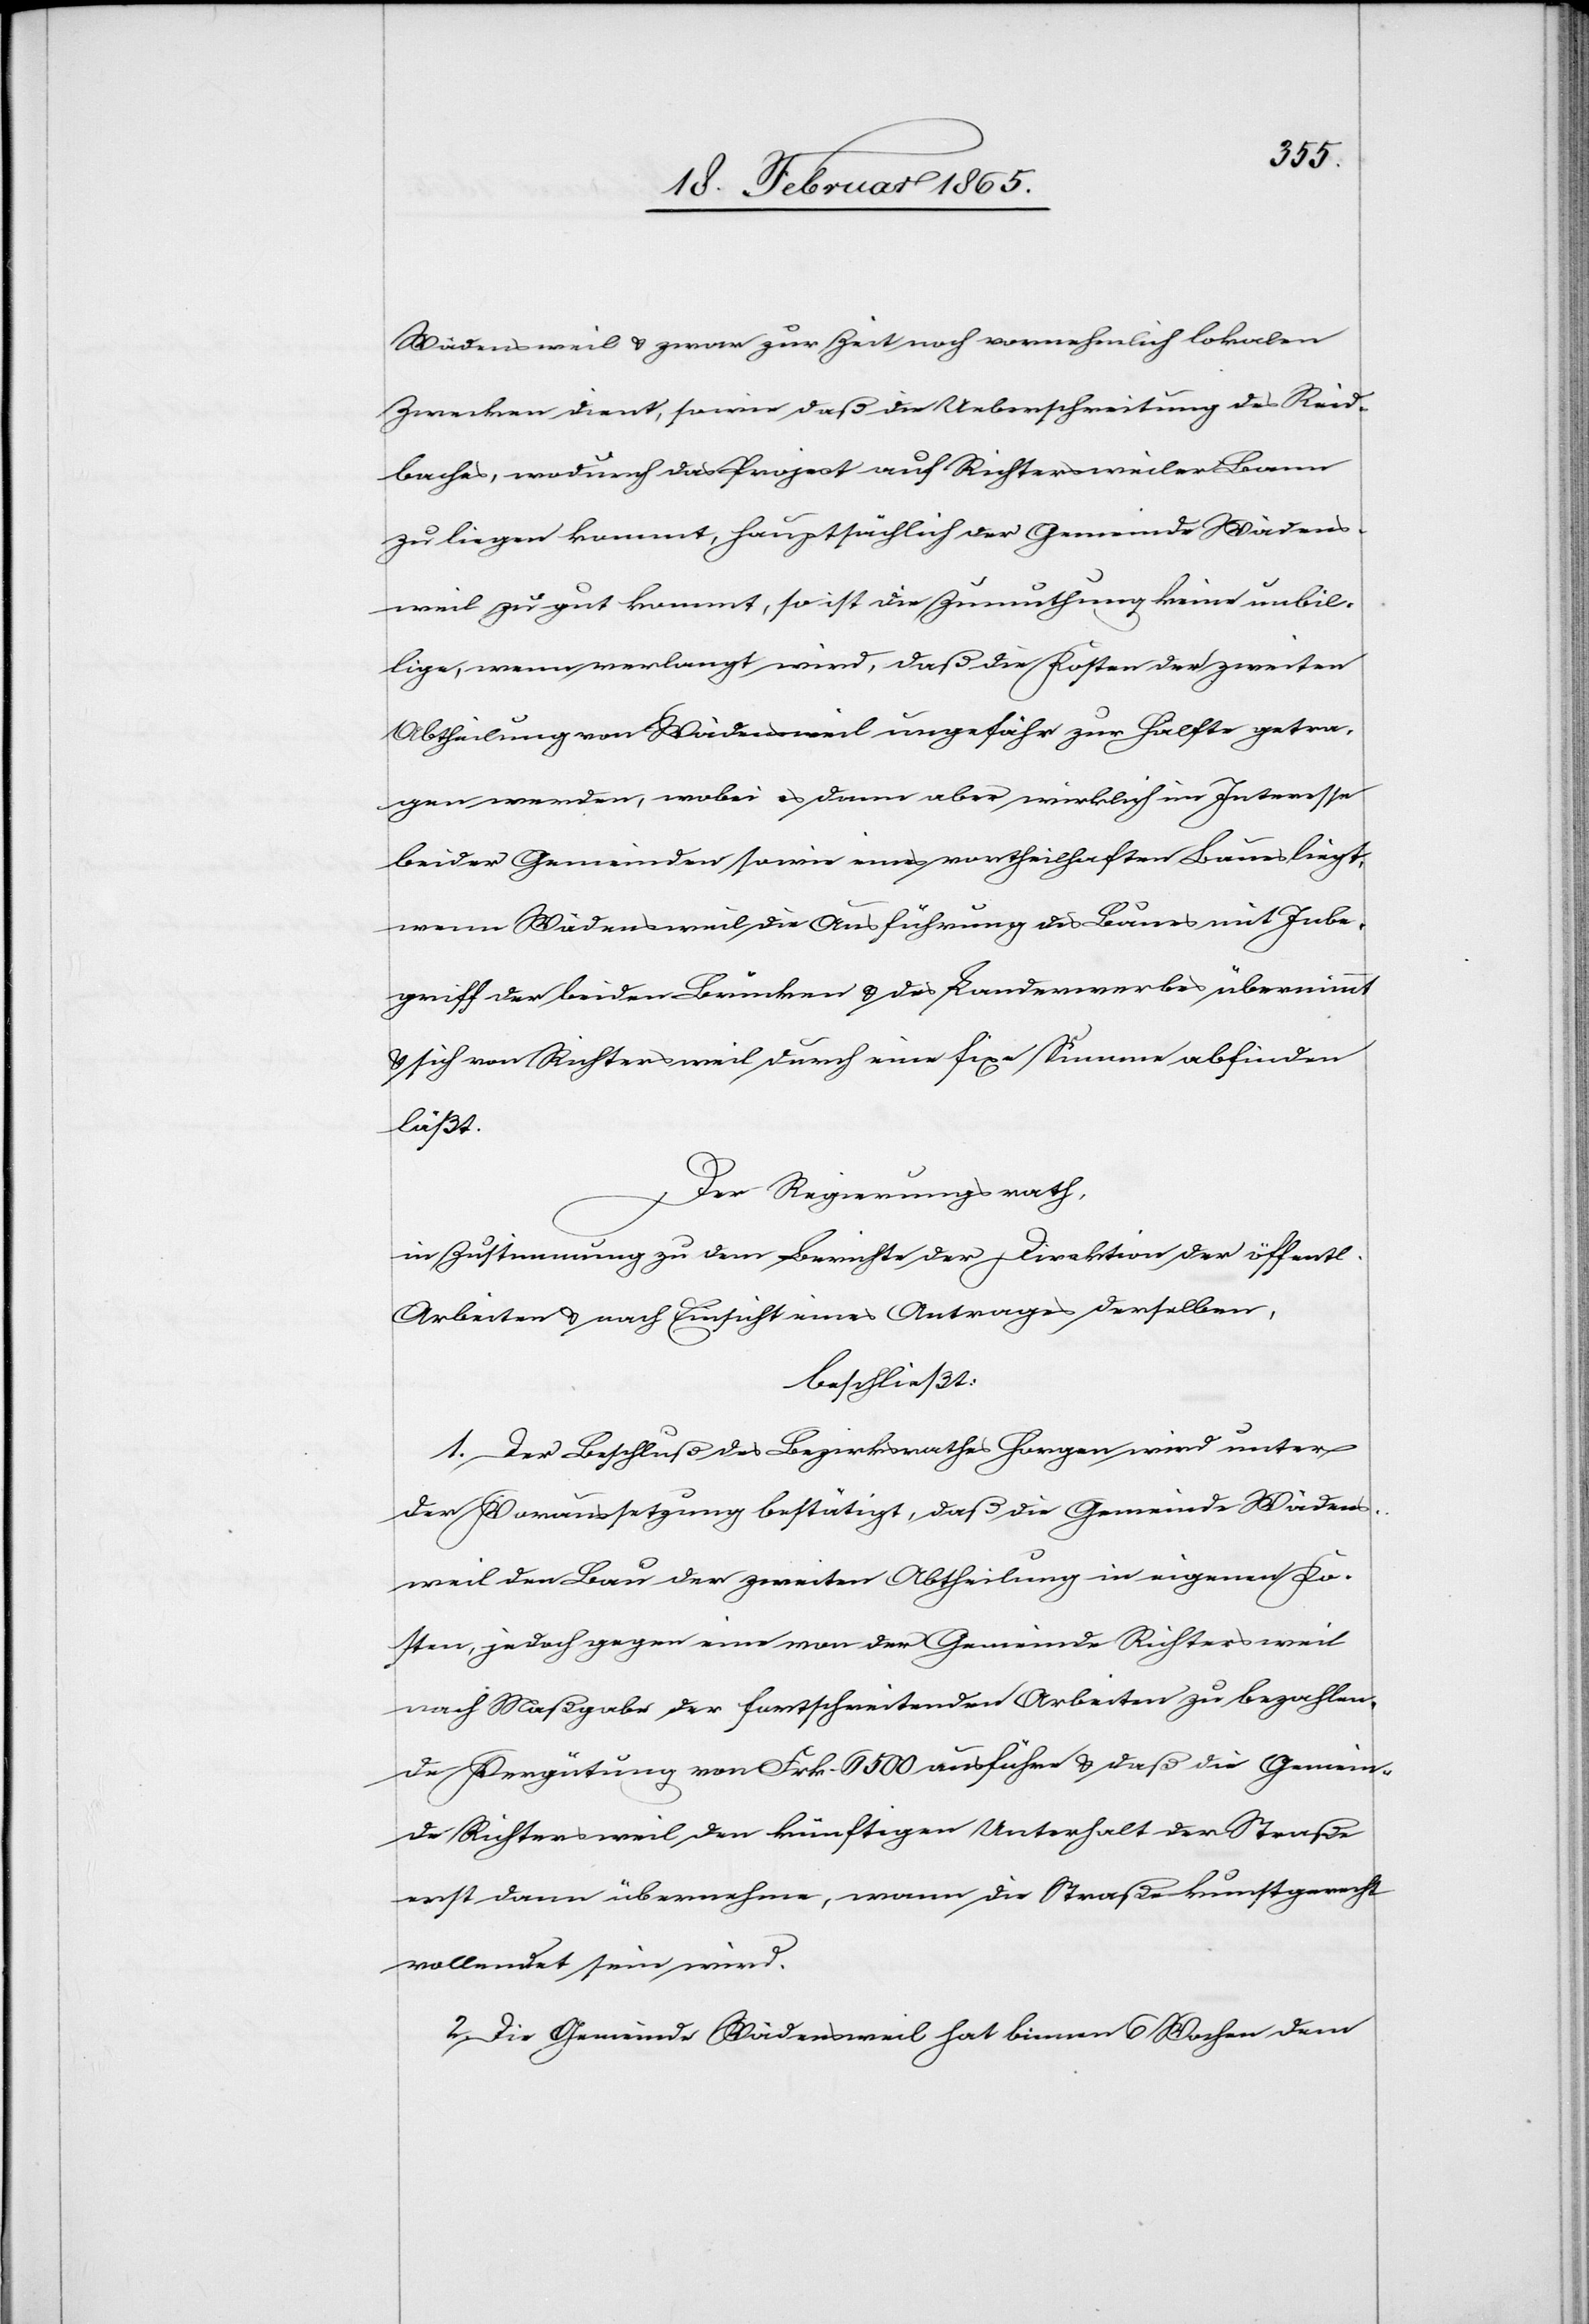
Wädensweil u. zwar zur Zeit noch vornehmlich lokalen
Zwecken dient, sowie daß die Ueberschreitung des Reid¬
baches, wodurch das Project auf Richtersweiler Bann
zu liegen kommt, hauptsächlich der Gemeinde Wädens¬
weil zu gut kommt, so ist die Zumuthung keine unbil¬
lige, wenn verlangt wird, daß die Kosten der zweiten
Abtheilung von Wädensweil ungefähr zur Hälfte getra¬
gen werden, wobei es dann aber wirklich im Interesse
beider Gemeinden sowie eines vortheilhaften Baues liegt,
wenn Wädensweil die Ausführung des Baues mit Inbe¬
griff der beiden Brücken u. des Landerwerbes übernimmt
u. sich von Richtersweil durch eine fixe Summe abfinden
läßt.
Der Regierungsrath,
in Zustimmung zu dem Berichte der Direktion der öffentl.
Arbeiten u. nach Einsicht eines Antrages derselben,
beschließt:
1. Der Beschluß des Bezirksrathes Horgen wird unter
der Voraussetzung bestätigt, daß die Gemeinde Wädens¬
weil den Bau der zweiten Abtheilung in eigenen Ko¬
sten, jedoch gegen eine von der Gemeinde Richtersweil
nach Maßgabe der fortschreitenden Arbeiten zu bezahlen¬
de Vergütung von Frk. 6500 ausführe u. daß die Gemein¬
de Richtersweil den künftigen Unterhalt der Straße
erst dann übernehme, wann die Straße kunstgerecht
vollendet sein wird.
2. Die Gemeinde Wädensweil hat binnen 6 Wochen dem